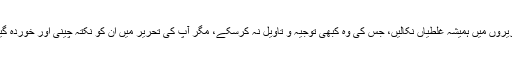
آپ نے مخالفین کی تحریروں میں ہمیشہ غلطیاں نکالیں، جس کی وہ کبھی توجیہ و تاویل نہ کرسکے، مگر آپ کی تحریر میں اُن کو نکتہ چینی اور خوردہ گیری کی جراْت نہ ہوئی۔